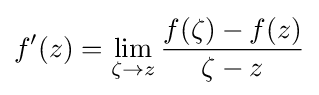
f'(z)=\lim _{\zeta \to z}{\frac {f(\zeta )-f(z)}{\zeta -z}}